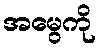
အမွေကို